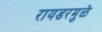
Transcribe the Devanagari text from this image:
रायडरमुळे